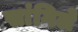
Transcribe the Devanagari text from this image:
सांगिले